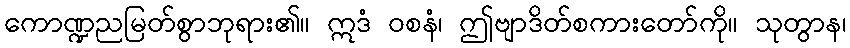
ကောဏ္ဍညမြတ်စွာဘုရား၏။ ဣဒံ ဝစနံ၊ ဤဗျာဒိတ်စကားတော်ကို။ သုတွာန၊